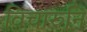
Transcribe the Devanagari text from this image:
विचारुनि